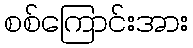
စစ်ကြောင်းအား